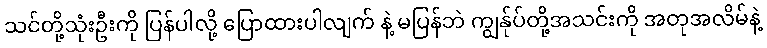
သင်တို့သုံးဦးကို ပြန်ပါလို့ ပြောထားပါလျက် နဲ့ မပြန်ဘဲ ကျွန်ုပ်တို့အသင်းကို အတုအလိမ်နဲ့